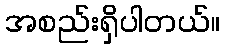
အစည်းရှိပါတယ်။